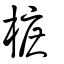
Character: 樜